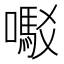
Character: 𫬇